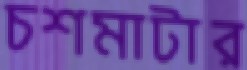
চশমাটার